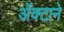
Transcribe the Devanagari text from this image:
अॅक्टाने